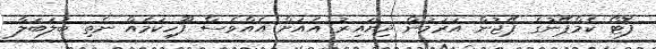
ފޮޓޯ ކެމްޕޭނުގެ ޕޭޖުން އަރަމުން ދިޔައިރު އެއަށް އެއްވެސް ފޫހިކަމެއް ނެތި ބަލަބަލާ